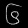
Digit: ၆